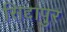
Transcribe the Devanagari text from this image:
सिद्दापुर